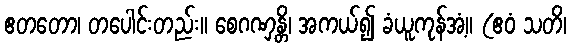
ဧတတော၊ တပေါင်းတည်း။ စေဂဏှန္တိ၊ အကယ်၍ ခံယူကုန်အံ့။ (ဧဝံ သတိ၊